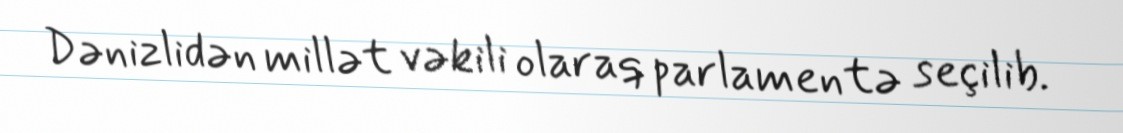
Dənizlidən millət vəkili olaraq parlamentə seçilib.